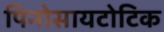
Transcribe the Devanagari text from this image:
पिनोसायटोटिक